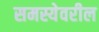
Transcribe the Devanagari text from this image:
समस्येवरील